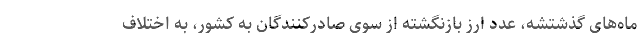
ماه‌های گذشتشه، عدد ارز بازنگشته از سوی صادرکنندگان به کشور، به اختلاف